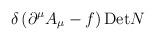
LaTeX: \begin{align*}\delta\left( \partial^{\mu}A_{\mu} - f\right){\rm Det}N\end{align*}